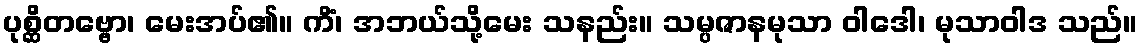
ပုစ္ဆိတဗ္ဗော၊ မေးအပ်၏။ ကိံ၊ အဘယ်သို့မေး သနည်း။ သမ္ပဇာနမုသာ ဝါဒေါ၊ မုသာဝါဒ သည်။